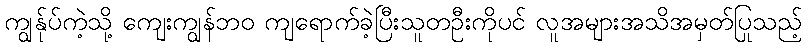
ကျွန်ုပ်ကဲ့သို့ ကျေးကျွန်ဘဝ ကျရောက်ခဲ့ပြီးသူတဦးကိုပင် လူအများအသိအမှတ်ပြုသည့်